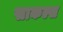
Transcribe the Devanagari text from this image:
साकल्स